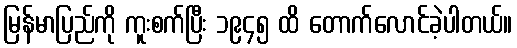
မြန်မာပြည်ကို ကူးစက်ပြီး ၁၉၄၅ ထိ တောက်လောင်ခဲ့ပါတယ်။